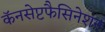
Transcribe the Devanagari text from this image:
कॅनसेप्टफैसिनेशन